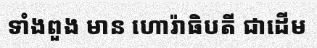
ទាំងពួង មាន ហោរ៉ាធិបតី ជាដើម